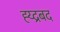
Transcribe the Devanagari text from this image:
ह्य्द्रबद